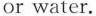
or water.